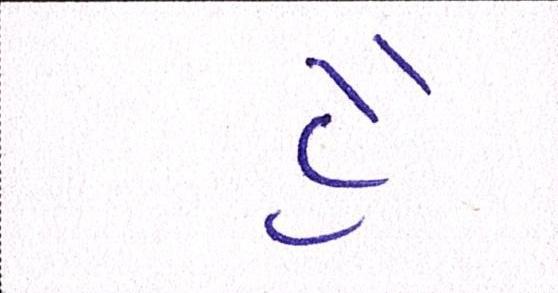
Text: હૈં